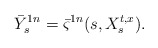
\begin{align*}\bar {Y}_s^{1n}=\bar \varsigma^{1n}(s, X_s^{t,x}).\end{align*}